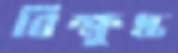
বিক্ষুদ্ধ